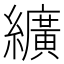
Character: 纊